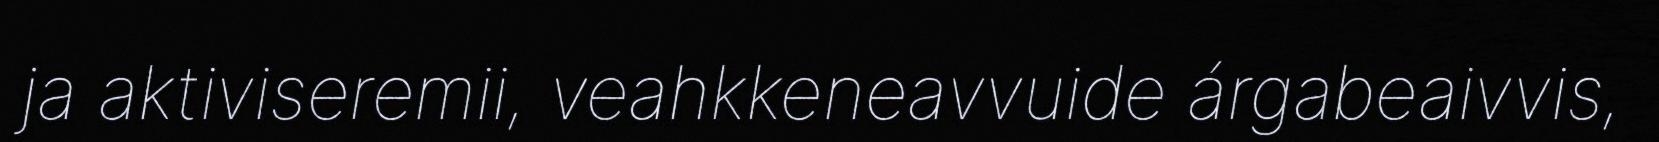
ja aktiviseremii, veahkkeneavvuide árgabeaivvis,